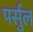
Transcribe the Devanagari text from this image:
पर्सुल